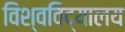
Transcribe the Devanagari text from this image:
विश्‍वविद्‍यालय